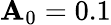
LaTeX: \mathbf{A}_{0}=0.1